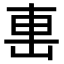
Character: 𨊥